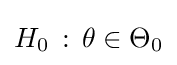
H_{0}\,:\,\theta \in \Theta _{0}